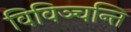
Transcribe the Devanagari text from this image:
विविञ्चन्ति